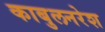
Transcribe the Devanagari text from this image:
काबुलनरेश